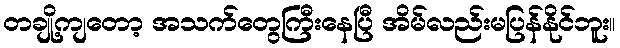
တချို့ကျတော့ အသက်တွေကြီးနေပြီ အိမ်လည်းမပြန်နိုင်ဘူး။